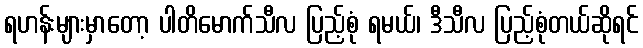
ရဟန်းများမှာတော့ ပါတိမောက်သီလ ပြည့်စုံ ရမယ်၊ ဒီသီလ ပြည့်စုံတယ်ဆိုရင်